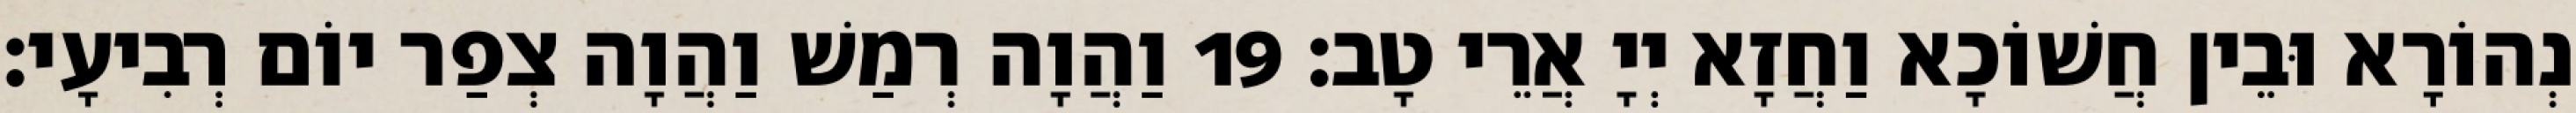
נְהוֹרָא וּבֵין חֲשׁוֹכָא וַחֲזָא יְיָ אֲרֵי טָב׃ 19 וַהֲוָה רְמַשׁ וַהֲוָה צְפַר יוֹם רְבִיעָי׃